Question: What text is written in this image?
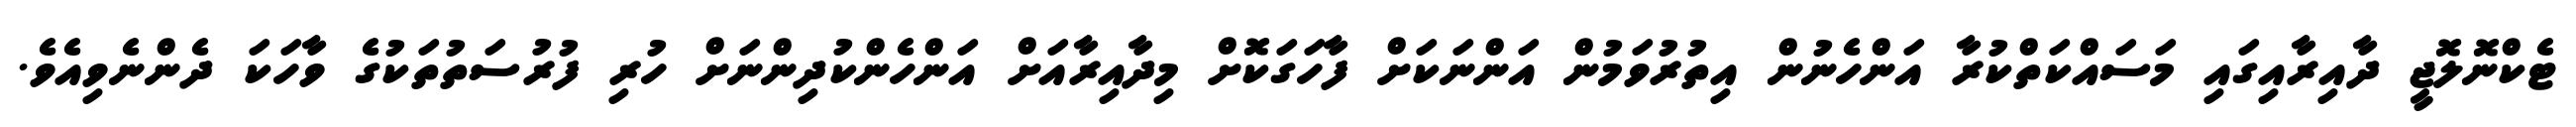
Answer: ޓެކްނޮލޮޖީ ދާއިރާއިގައި މަސައްކަތްކުރާ އަންހެނުން އިތުރުވަމުން އަންނަކަށް ފާހަގަކޮށް މިދާއިރާއަށް އަންހެންކުދިންނަށް ހުރި ފުރުސަތުތަކުގެ ވާހަކަ ދެންނެވިއެވެ.